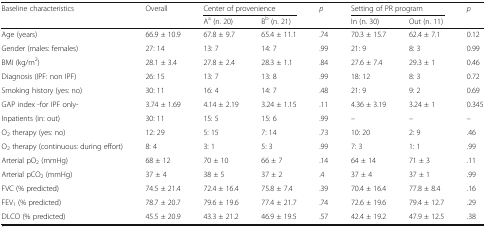
<table><thead><tr><td rowspan="2"><b>Baseline characteristics</b></td><td rowspan="2"><b>Overall</b></td><td colspan="2"><b>Center of provenience</b></td><td rowspan="2"><b><i>p</i></b></td><td colspan="2"><b>Setting of PR program</b></td><td rowspan="2"><b><i>p</i></b></td></tr><tr><td><b>A<sup>a</sup> (n. 20)</b></td><td><b>B<sup>b</sup> (n. 21)</b></td><td><b>In (n. 30)</b></td><td><b>Out (n. 11)</b></td></tr></thead><tbody><tr><td>Age (years)</td><td>66.9 ± 10.9</td><td>67.8 ± 9.7</td><td>65.4 ± 11.1</td><td>.74</td><td>70.3 ± 15.7</td><td>62.4 ± 7.1</td><td>0.12</td></tr><tr><td>Gender (males: females)</td><td>27: 14</td><td>13: 7</td><td>14: 7</td><td>.99</td><td>21: 9</td><td>8: 3</td><td>0.99</td></tr><tr><td>BMI (kg/m<sup>2</sup>)</td><td>28.1 ± 3.4</td><td>27.8 ± 2.4</td><td>28.3 ± 1.1</td><td>.84</td><td>27.6 ± 7.4</td><td>29.3 ± 1</td><td>0.46</td></tr><tr><td>Diagnosis (IPF: non IPF)</td><td>26: 15</td><td>13: 7</td><td>13: 8</td><td>.99</td><td>18: 12</td><td>8: 3</td><td>0.72</td></tr><tr><td>Smoking history (yes: no)</td><td>30: 11</td><td>16: 4</td><td>14: 7</td><td>.48</td><td>21: 9</td><td>9: 2</td><td>0.69</td></tr><tr><td>GAP index -for IPF only-</td><td>3.74 ± 1.69</td><td>4.14 ± 2.19</td><td>3.24 ± 1.15</td><td>.11</td><td>4.36 ± 3.19</td><td>3.24 ± 1</td><td>0.345</td></tr><tr><td>Inpatients (in: out)</td><td>30: 11</td><td>15: 5</td><td>15: 6</td><td>.99</td><td>–</td><td>–</td><td>–</td></tr><tr><td>O<sub>2</sub> therapy (yes: no)</td><td>12: 29</td><td>5: 15</td><td>7: 14</td><td>.73</td><td>10: 20</td><td>2: 9</td><td>.46</td></tr><tr><td>O<sub>2</sub> therapy (continuous: during effort)</td><td>8: 4</td><td>3: 1</td><td>5: 3</td><td>.99</td><td>7: 3</td><td>1: 1</td><td>.99</td></tr><tr><td>Arterial pO<sub>2</sub> (mmHg)</td><td>68 ± 12</td><td>70 ± 10</td><td>66 ± 7</td><td>.14</td><td>64 ± 14</td><td>71 ± 3</td><td>.11</td></tr><tr><td>Arterial pCO<sub>2</sub> (mmHg)</td><td>37 ± 4</td><td>38 ± 5</td><td>37 ± 2</td><td>.4</td><td>37 ± 4</td><td>37 ± 1</td><td>.99</td></tr><tr><td>FVC (% predicted)</td><td>74.5 ± 21.4</td><td>72.4 ± 16.4</td><td>75.8 ± 7.4</td><td>.39</td><td>70.4 ± 16.4</td><td>77.8 ± 8.4</td><td>.16</td></tr><tr><td>FEV<sub>1</sub> (% predicted)</td><td>78.7 ± 20.7</td><td>79.6 ± 19.6</td><td>77.4 ± 21.7</td><td>.74</td><td>72.6 ± 19.6</td><td>79.4 ± 12.7</td><td>.29</td></tr><tr><td>DLCO (% predicted)</td><td>45.5 ± 20.9</td><td>43.3 ± 21.2</td><td>46.9 ± 19.5</td><td>.57</td><td>42.4 ± 19.2</td><td>47.9 ± 12.5</td><td>.38</td></tr></tbody></table>